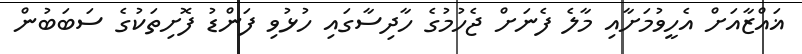
ޣައްޒާއަށް އެހީވުމަށާއި މާލެ ފެނަށް ޖެހުމުގެ ހާދިސާގައި ހުޅުވި ފަންޑު ފޮށިތަކުގެ ސަބަބުން